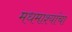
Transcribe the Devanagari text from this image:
मधमाश्यांंचा